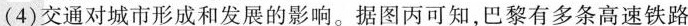
(4)交通对城市形成和发展的影响。据图丙可知，巴黎有多条高速铁路